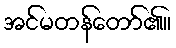
အင်မတန်တော်၏။